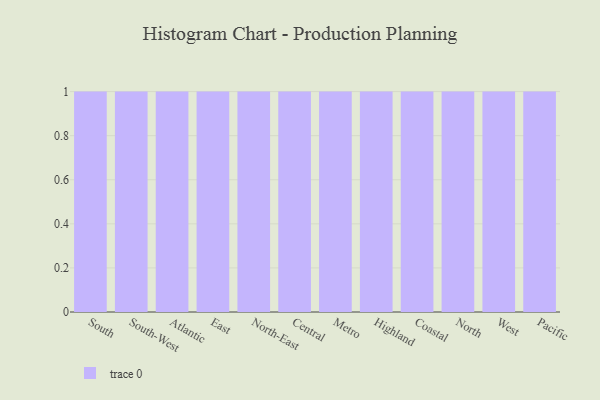
{"axis": {"x": "Region", "y": "Satisfaction Score"}, "legend": [""], "data": [{"x": "South", "y": 89, "type": ""}, {"x": "South-West", "y": 56, "type": ""}, {"x": "Atlantic", "y": 19, "type": ""}, {"x": "East", "y": 48, "type": ""}, {"x": "North-East", "y": 45, "type": ""}, {"x": "Central", "y": 57, "type": ""}, {"x": "Metro", "y": 70, "type": ""}, {"x": "Highland", "y": 39, "type": ""}, {"x": "Coastal", "y": 78, "type": ""}, {"x": "North", "y": 60, "type": ""}, {"x": "West", "y": 59, "type": ""}, {"x": "Pacific", "y": 66, "type": ""}]}